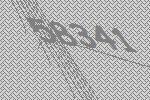
58341